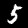
Digit: 5